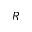
R